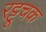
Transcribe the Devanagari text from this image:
रट्टूचक